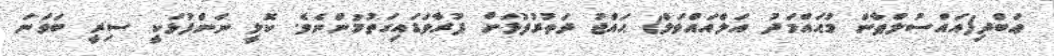
ޢަބްދި(އައްސުލްޠާން މުޙައްމަދު އަލްއައްވަލް) ޙައްޖު ދަތުރުފުޅަށް ފުރާވަޑައިގަތުމުންނެވެ. ކޮލީ ނަންފުޅަކީ ސިރީ ބަވަނަ